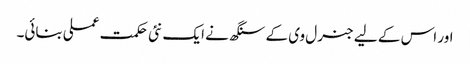
اور اس کے لیے جنرل وی کے سنگھ نے ایک نئی حکمت عملی بنائی۔